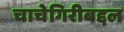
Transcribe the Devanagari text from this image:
चाचेगिरीबद्दल